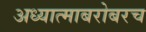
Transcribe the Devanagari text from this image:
अध्यात्माबरोबरच